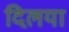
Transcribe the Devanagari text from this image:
दिलया